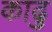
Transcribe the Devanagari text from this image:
काढु